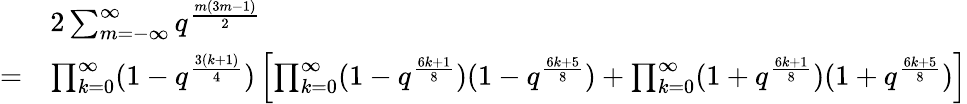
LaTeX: \begin{array}{rl}&{2\sum_{m=-\infty}^{\infty}q^{\frac{m(3m-1)}{2}}}\\ {=}&{\prod_{k=0}^{\infty}(1-q^{\frac{3(k+1)}{4}})\left[\prod_{k=0}^{\infty}(1-q^{\frac{6k+1}{8}})(1-q^{\frac{6k+5}{8}})+\prod_{k=0}^{\infty}(1+q^{\frac{6k+1}{8}})(1+q^{\frac{6k+5}{8}})\right]}\end{array}